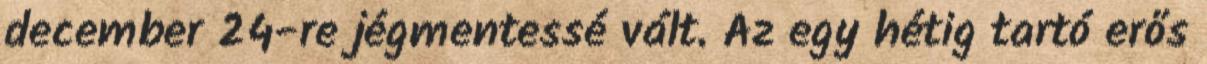
december 24-re jégmentessé vált. Az egy hétig tartó erős